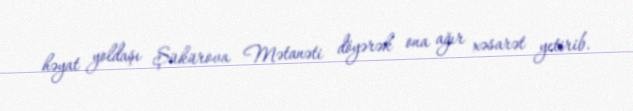
həyat yoldaşı Şükürova Mətanəti döyərək ona ağır xəsarət yetirib.